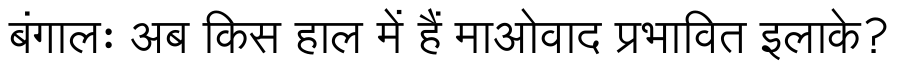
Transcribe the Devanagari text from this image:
बंगालः अब किस हाल में हैं माओवाद प्रभावित इलाके?